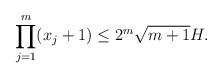
LaTeX: \begin{align*} \prod_{j=1}^{m} (x_{j}+1)\leq 2^{m}\sqrt{m+1}H.\end{align*}